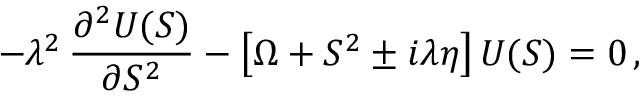
- \lambda ^ { 2 } \, \frac { \partial ^ { 2 } U ( S ) } { \partial S ^ { 2 } } - \left[ \Omega + S ^ { 2 } \pm i \lambda \eta \right] U ( S ) = 0 \, ,